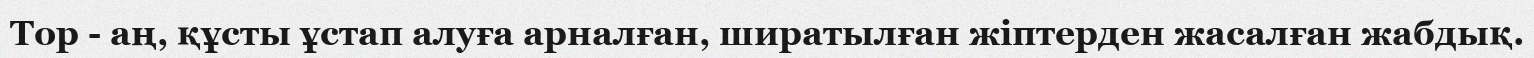
Тор - аң, құсты ұстап алуға арналған, ширатылған жіптерден жасалған жабдық.